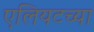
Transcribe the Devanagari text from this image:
एलियटच्या